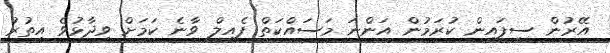
އޭރުން ސިފައިން ކުރަމުން އަންނަ މަސައްކަތް ފެއިލް ވާނެ ކަމަށް ވިދާޅުވެ އިތުރު